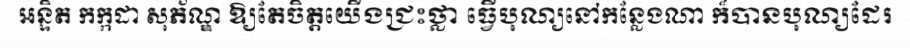
អន្ទិត កក្កដា សុភ័ណ្ឌ ឱ្យតែចិត្តយើងជ្រះថ្លា ធ្វើបុណ្យនៅកន្លែងណា ក៏បានបុណ្យដែរ